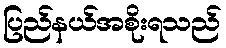
ပြည်နယ်အစိုးရသည်